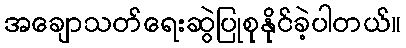
အချောသတ်ရေးဆွဲပြုစုနိုင်ခဲ့ပါတယ်။